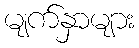
မျက်နှာများ